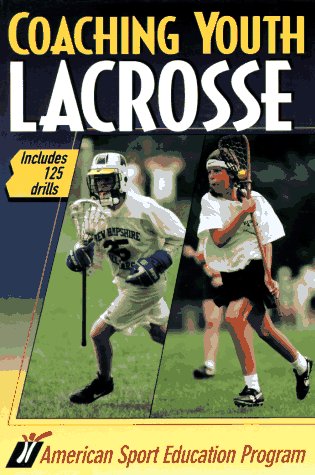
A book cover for Coaching Youth Lacrosse: Includes 125 Drills; American Sport Education Program; Sports & Outdoors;